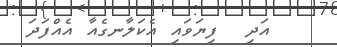
އަދި  ފިޔަވައި އެކަލާނގެއާ އެއްފަދަ